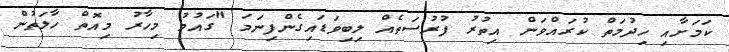
ކަމަށާއި ހިދުމަތް ކުރައްވަން އިތުރު ފުރުސަތެއް ލިބިވަޑައިގެންފިނަމަ "ގައުމު މިހާރު މިއޮތް ހާލަތުން